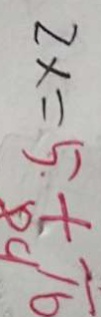
2 x = 5 + \pi